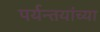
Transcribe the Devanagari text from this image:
पर्यन्तयांच्या